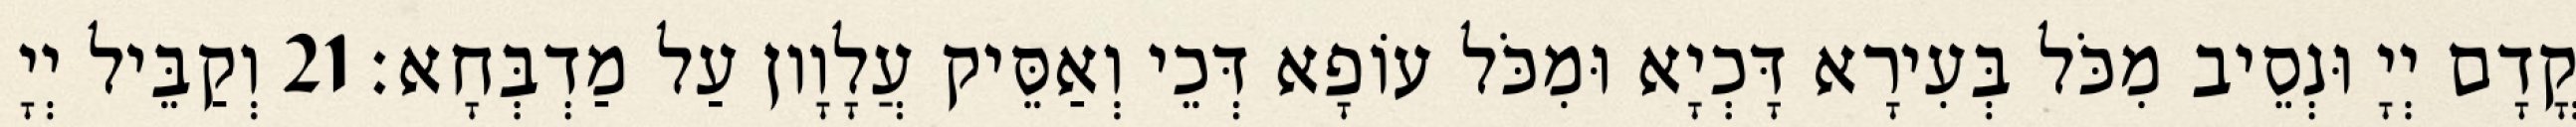
קֳדָם יְיָ וּנְסֵיב מִכֹּל בְּעִירָא דָּכְיָא וּמִכֹּל עוֹפָא דְּכֵי וְאַסֵּיק עֲלָוָון עַל מַדְבְּחָא׃ 21 וְקַבֵּיל יְיָ